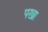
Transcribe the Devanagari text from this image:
पखा